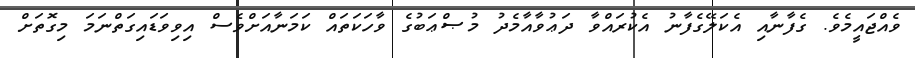
ވެއްޖައީމެވެ. ގެފާނާއި އެކަލޭގެފާނު އެކުރައްވާ ދަޢުވާއާމެދު މުޞްޢަބުގެ ވާހަކަތައް ކަމަނާއަށްވެސް އިވިވަޑައިގަތްނަމަ މިގޮތަށް